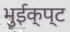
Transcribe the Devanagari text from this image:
भुईक्प्ट